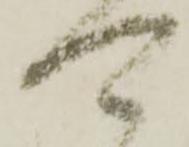
可